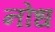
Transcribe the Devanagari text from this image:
नोध